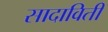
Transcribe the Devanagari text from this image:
सादाविती